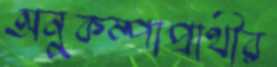
অনুকম্পাপ্রার্থীর